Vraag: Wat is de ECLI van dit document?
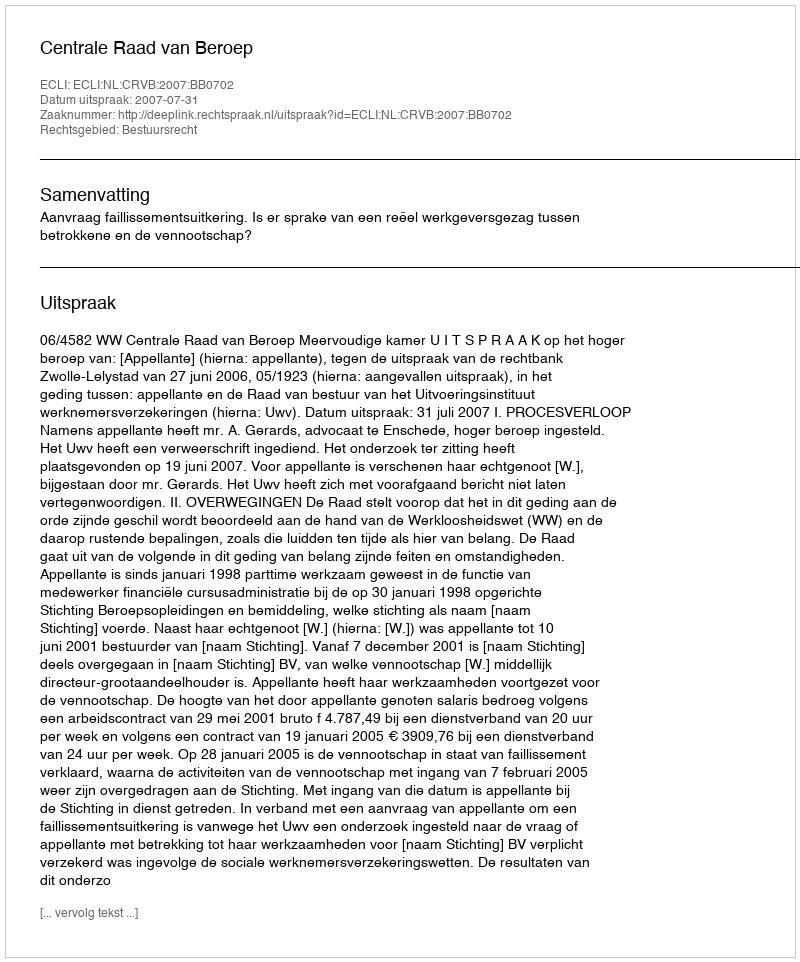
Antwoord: ECLI:NL:CRVB:2007:BB0702